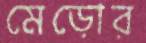
মেড়োর